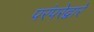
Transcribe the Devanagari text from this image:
परंपरेद्वारे